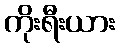
ကိုးရီးယား